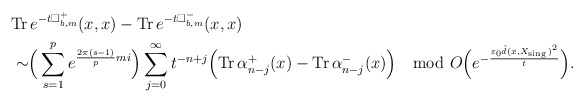
\begin{align*} &\mathrm{Tr\,}e^{-t\Box^+_{b,m}}(x,x)-\mathrm{Tr\,}e^{-t\Box^-_{b,m}}(x,x) \\&\sim\Bigr(\sum\limits^{p}_{s=1}e^{\frac{2\pi(s-1)}{p}mi}\Bigr)\sum^\infty_{j=0}t^{-n+j}\Bigr(\mathrm{Tr\,}\alpha^+_{n-j}(x)-\mathrm{Tr\,}\alpha^-_{n-j}(x)\Bigr)\mod O\Bigr(e^{-\frac{\varepsilon_0\hat d(x,X_{\mathrm{sing\,}})^2}{t}}\Bigr).\end{align*}